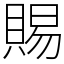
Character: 賜